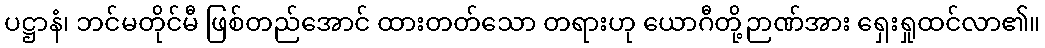
ပဋ္ဌာနံ၊ ဘင်မတိုင်မီ ဖြစ်တည်အောင် ထားတတ်သော တရားဟု ယောဂီတို့ဉာဏ်အား ရှေးရှုထင်လာ၏။